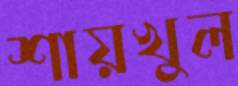
শায়খুল